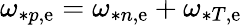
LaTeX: \omega_{*p,\mathrm{e}}=\omega_{*n,\mathrm{e}}+\omega_{*T,\mathrm{e}}